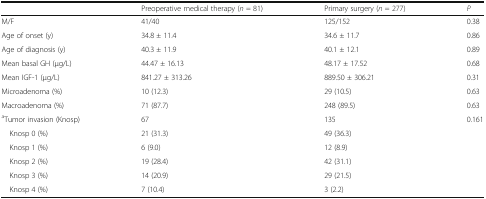
|  | Preoperative medical therapy (n = 81) | Primary surgery (n = 277) | P |
 | --- | --- | --- | --- |
 | M/F | 41/40 | 125/152 | 0.38 |
 | Age of onset (y) | 34.8 ± 11.4 | 34.6 ± 11.7 | 0.86 |
 | Age of diagnosis (y) | 40.3 ± 11.9 | 40.1 ± 12.1 | 0.89 |
 | Mean basal GH (μg/L) | 44.47 ± 16.13 | 48.17 ± 17.52 | 0.68 |
 | Mean IGF-1 (μg/L) | 841.27 ± 313.26 | 889.50 ± 306.21 | 0.31 |
 | Microadenoma (%) | 10 (12.3) | 29 (10.5) | 0.63 |
 | Macroadenoma (%) | 71 (87.7) | 248 (89.5) | 0.63 |
 | aTumor invasion (Knosp) | 67 | 135 | 0.161 |
 | Knosp 0 (%) | 21 (31.3) | 49 (36.3) |  |
 | Knosp 1 (%) | 6 (9.0) | 12 (8.9) |  |
 | Knosp 2 (%) | 19 (28.4) | 42 (31.1) |  |
 | Knosp 3 (%) | 14 (20.9) | 29 (21.5) |  |
 | Knosp 4 (%) | 7 (10.4) | 3 (2.2) |  |